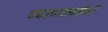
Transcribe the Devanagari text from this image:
कारणकार्ताओं